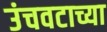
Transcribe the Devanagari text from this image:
उंचवटाच्या